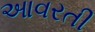
આવરતી